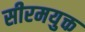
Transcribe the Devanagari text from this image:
सीरमयुक्त